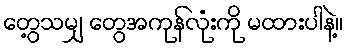
တွေ့သမျှ တွေအကုန်လုံးကို မထားပါနဲ့။